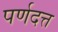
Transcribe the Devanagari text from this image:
पर्णदत्त